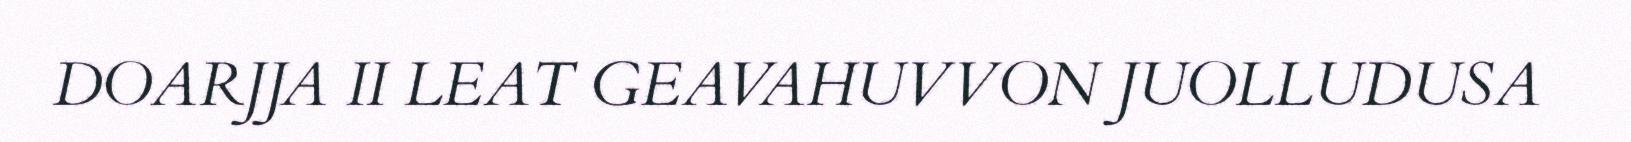
DOARJJA II LEAT GEAVAHUVVON JUOLLUDUSA